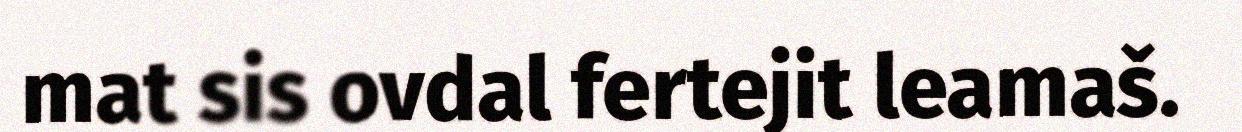
mat sis ovdal fertejit leamaš.